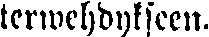
terwehdykseen.